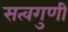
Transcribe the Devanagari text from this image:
सत्वगुणी